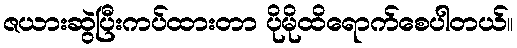
ဇယားဆွဲပြီးကပ်ထားတာ ပိုမိုထိရောက်စေပါတယ်။